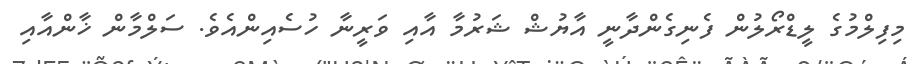
މިފިލްމުގެ ލީޑްރޯލުން ފެނިގެންދާނީ އާޔުޝް ޝަރުމާ އާއި ވަރީނާ ހުސެއިންއެވެ. ސަލްމާން ޚާންއާއި